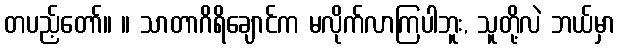
တပည့်တော်။ ။ သာတာဂိရိချောင်က မလိုက်လာကြပါဘူး, သူတို့လဲ ဘယ်မှာ